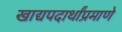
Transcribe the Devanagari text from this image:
खाद्यपदार्थांप्रमाणे